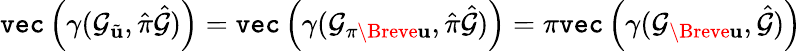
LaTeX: \texttt{vec}\left(\gamma(\mathcal{G}_{\tilde{\mathbf{u}}},\hat{\pi}\hat{\mathcal{G}})\right)=\texttt{vec}\left(\gamma(\mathcal{G}_{\pi\Breve{\mathbf{u}}},\hat{\pi}\hat{\mathcal{G}})\right)=\pi\texttt{vec}\left(\gamma(\mathcal{G}_{\Breve{\mathbf{u}}},\hat{\mathcal{G}})\right)